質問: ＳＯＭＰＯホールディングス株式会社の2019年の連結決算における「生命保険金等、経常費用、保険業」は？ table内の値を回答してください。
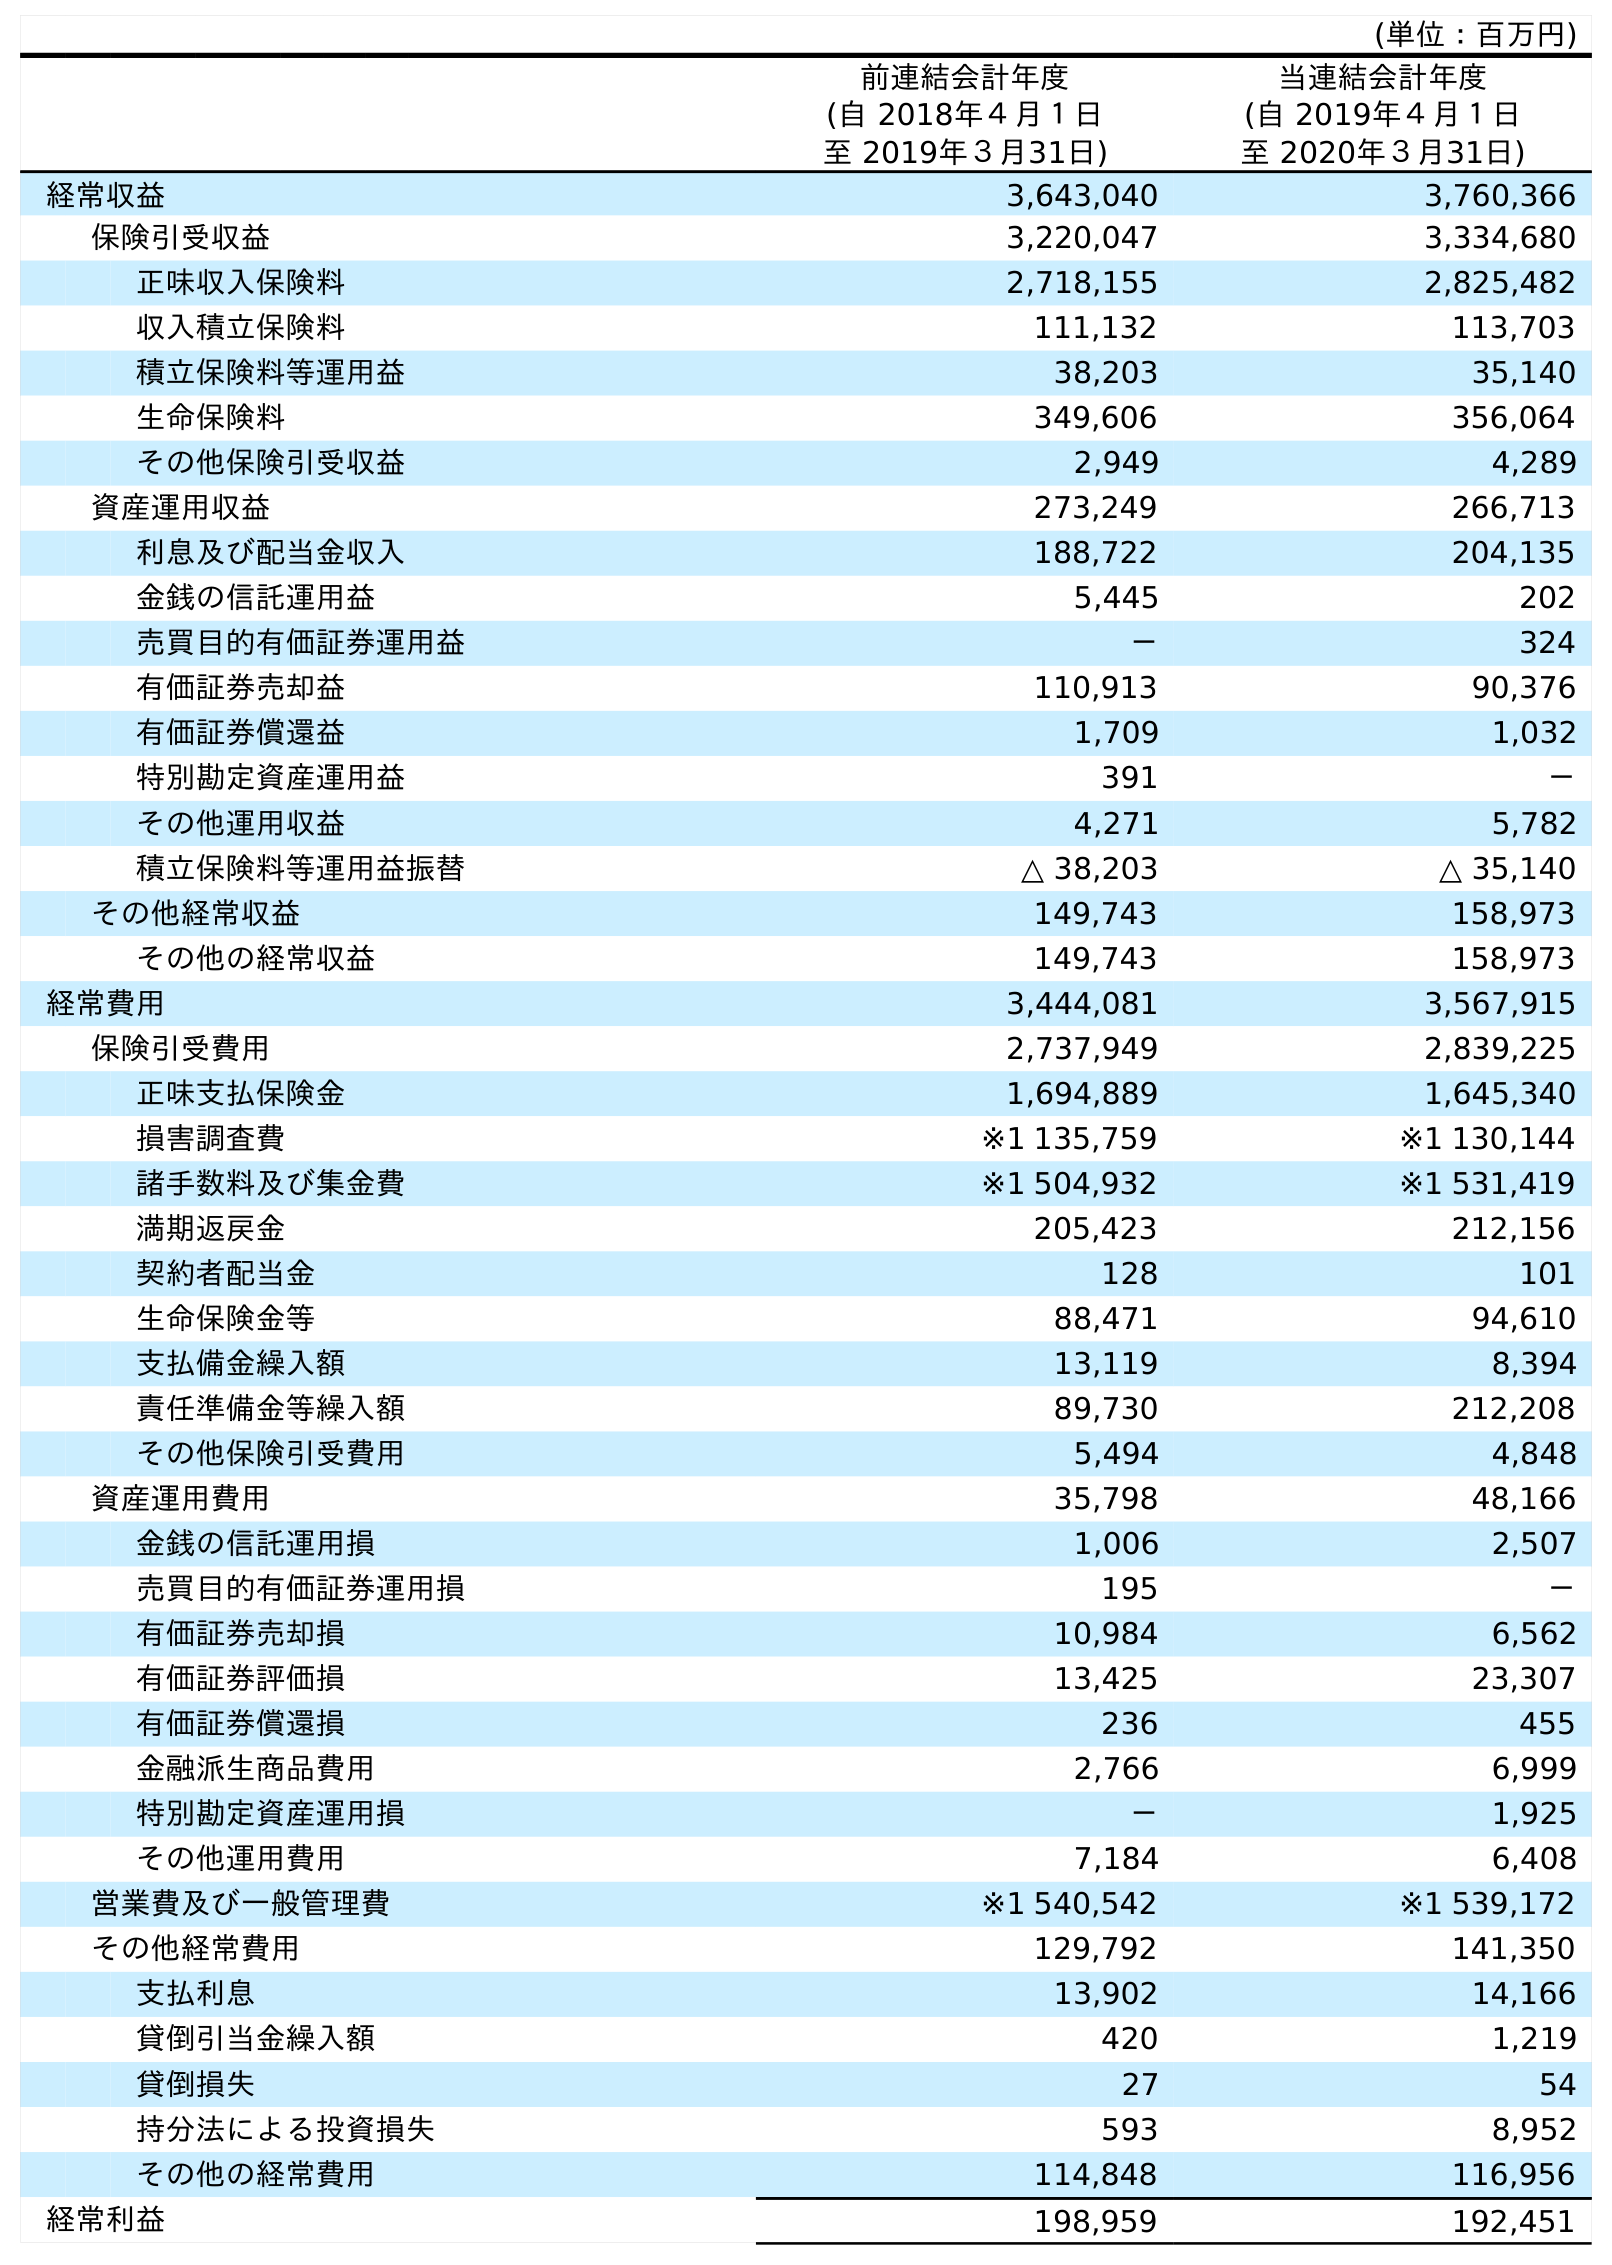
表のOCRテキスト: (単位：百万円) 前連結会計年度 (自 2018年４月１日 至 2019年３月31日) 当連結会計年度 (自 2019年４月１日 至 2020年３月31日) 経常収益 3,643,040 3,760,366 保険引受収益 3,220,047 3,334,680 正味収入保険料 2,718,155 2,825,482 収入積立保険料 111,132 113,703 積立保険料等運用益 38,203 35,140 生命保険料 349,606 356,064 その他保険引受収益 2,949 4,289 資産運用収益 273,249 266,713 利息及び配当金収入 188,722 204,135 金銭の信託運用益 5,445 202 売買目的有価証券運用益 － 324 有価証券売却益 110,913 90,376 有価証券償還益 1,709 1,032 特別勘定資産運用益 391 － その他運用収益 4,271 5,782 積立保険料等運用益振替 △ 38,203 △ 35,140 その他経常収益 149,743 158,973 その他の経常収益 149,743 158,973 経常費用 3,444,081 3,567,915 保険引受費用 2,737,949 2,839,225 正味支払保険金 1,694,889 1,645,340 損害調査費 ※1 135,759 ※1 130,144 諸手数料及び集金費 ※1 504,932 ※1 531,419 満期返戻金 205,423 212,156 契約者配当金 128 101 生命保険金等 88,471 94,610 支払備金繰入額 13,119 8,394 責任準備金等繰入額 89,730 212,208 その他保険引受費用 5,494 4,848 資産運用費用 35,798 48,166 金銭の信託運用損 1,006 2,507 売買目的有価証券運用損 195 － 有価証券売却損 10,984 6,562 有価証券評価損 13,425 23,307 有価証券償還損 236 455 金融派生商品費用 2,766 6,999 特別勘定資産運用損 － 1,925 その他運用費用 7,184 6,408 営業費及び一般管理費 ※1 540,542 ※1 539,172 その他経常費用 129,792 141,350 支払利息 13,902 14,166 貸倒引当金繰入額 420 1,219 貸倒損失 27 54 持分法による投資損失 593 8,952 その他の経常費用 114,848 116,956 経常利益 198,959 192,451
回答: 88,471